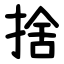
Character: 捨